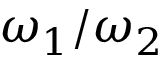
\omega _ { 1 } / \omega _ { 2 }